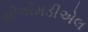
સીએમડીએલ